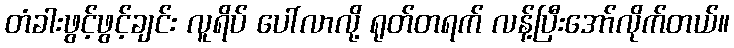
တံခါးဖွင့်ဖွင့်ချင်း လူရိပ် ပေါ်လာလို့ ရုတ်တရက် လန့်ပြီးအော်လိုက်တယ်။